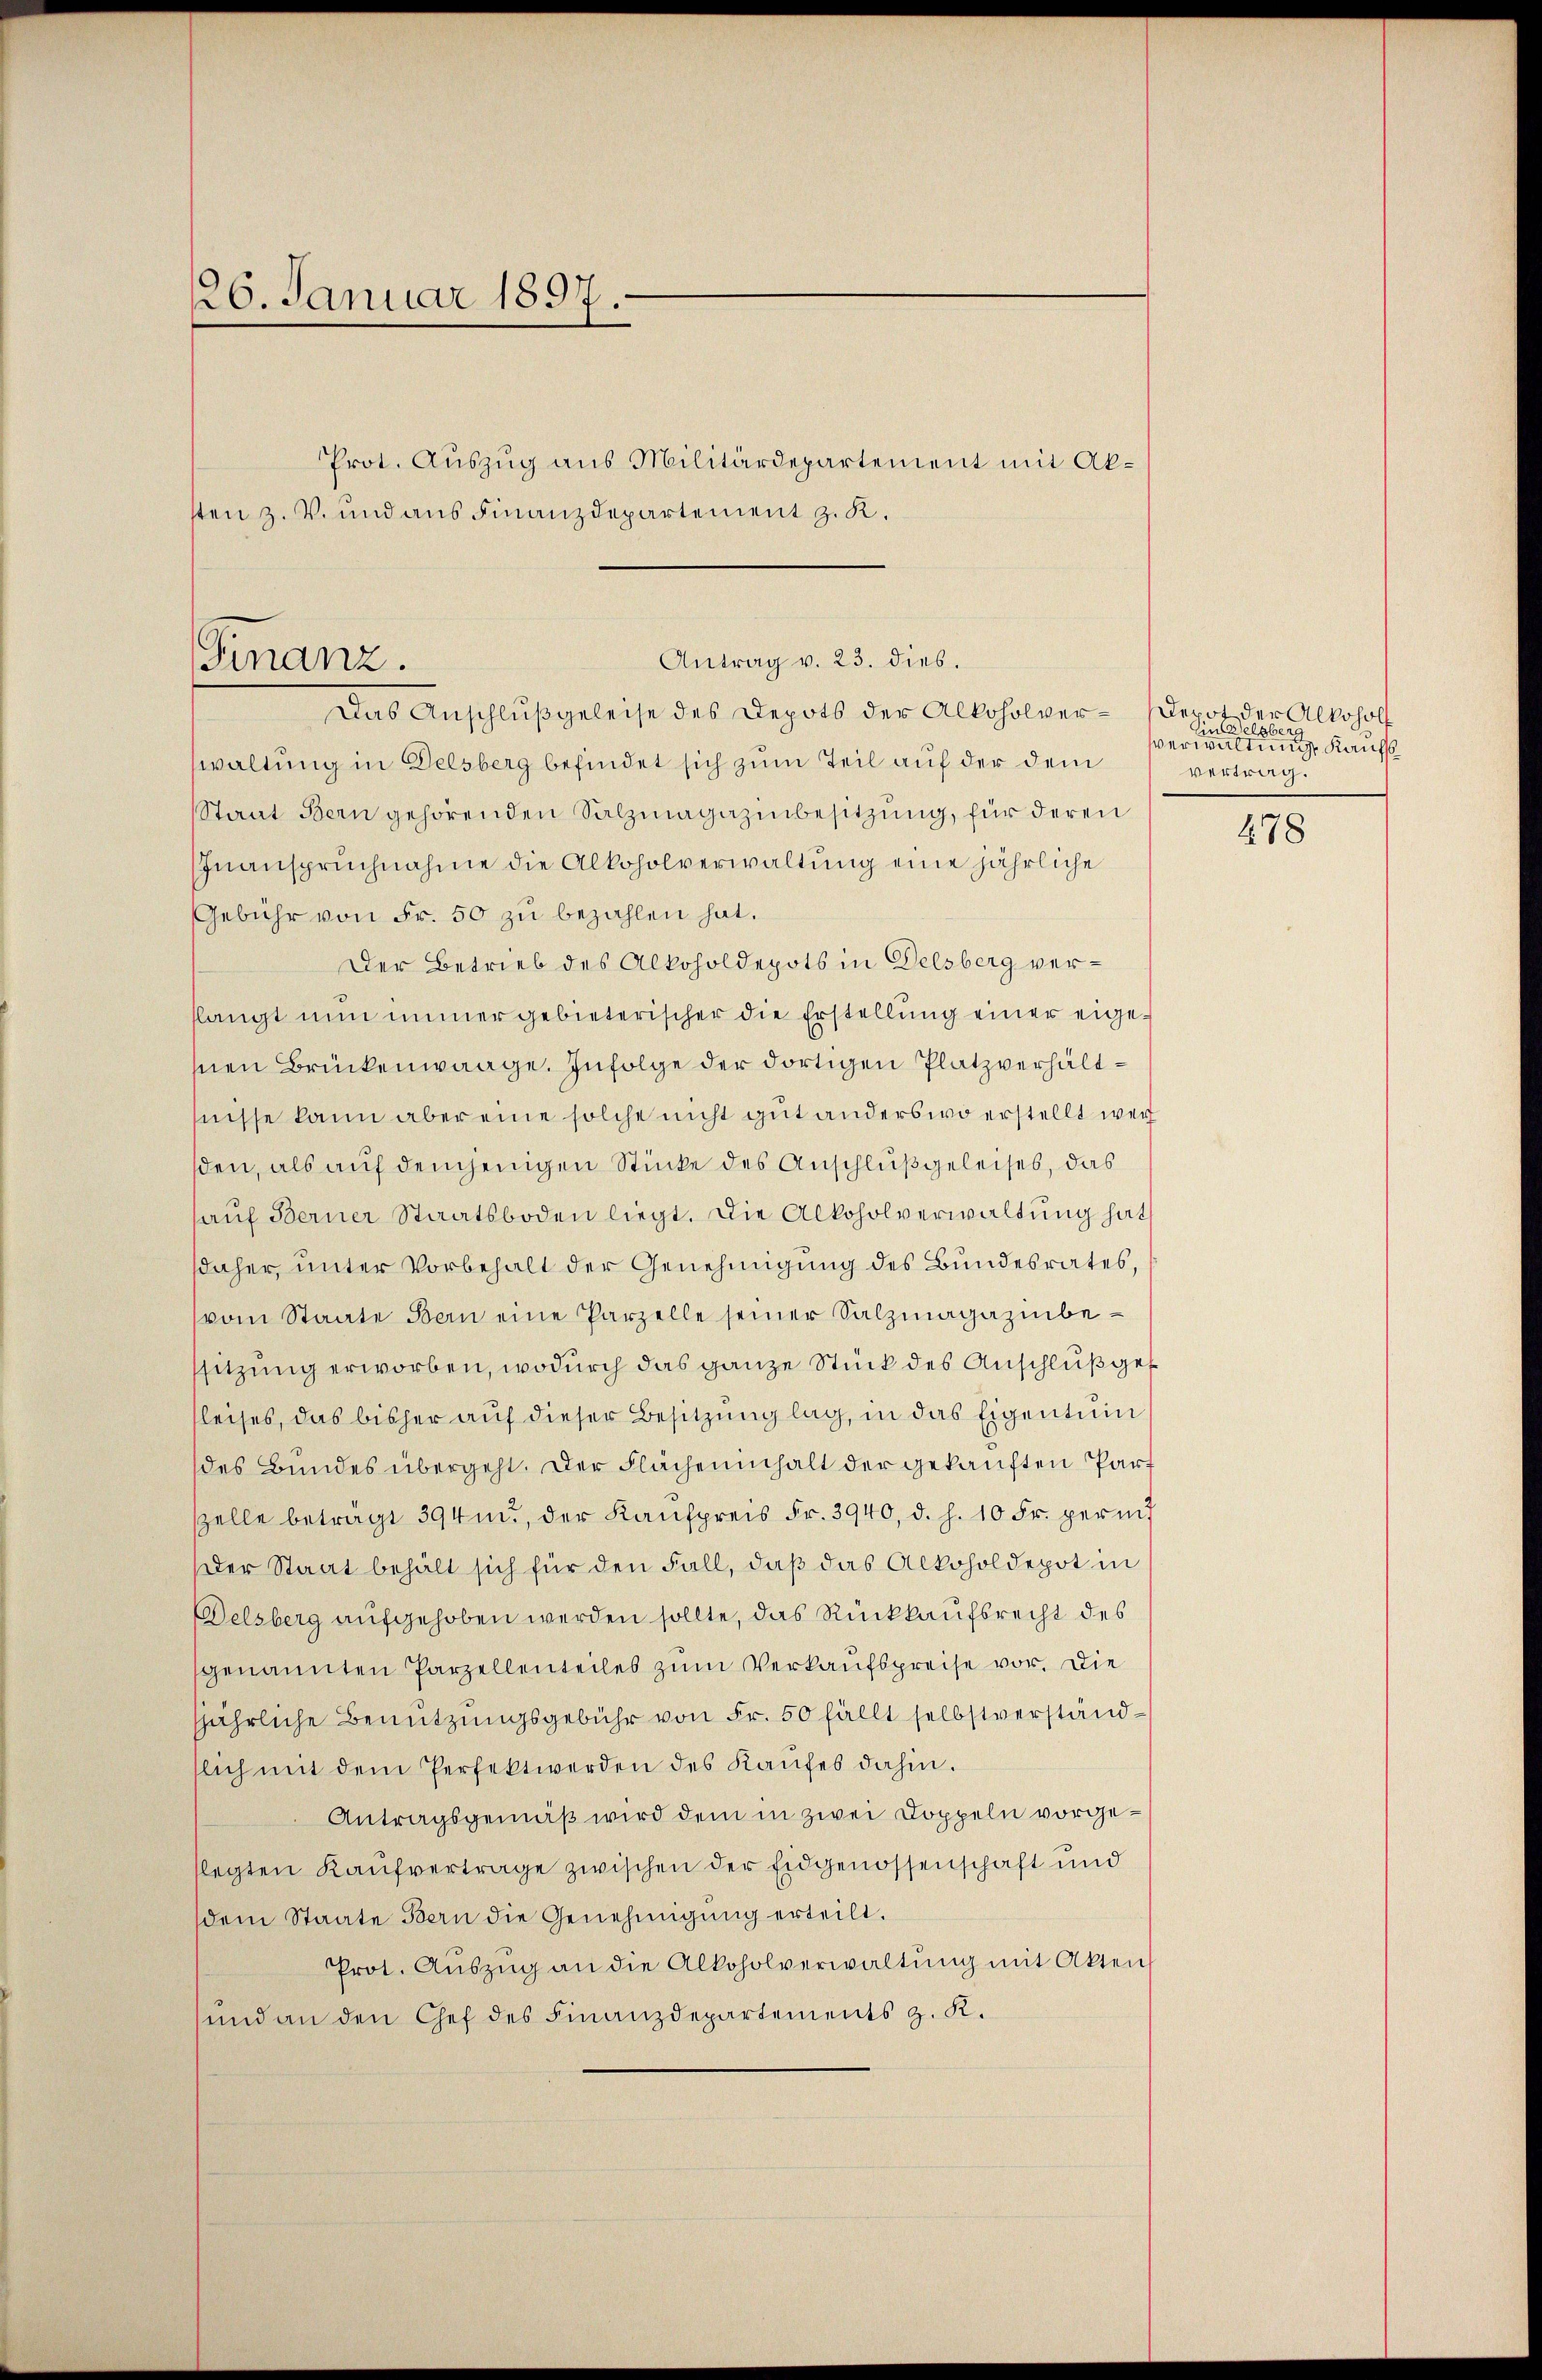
126. Januar 1897.

Prot. Auszug aus Militärdepartement mit Aksten z. V. und aus Finanzdepartement z. K.

Antrag v. 23. dies.
Finanz.
Das Anschluß geleise des Depots der Alkoholver¬

waltung in Delsberg befindet sich zum Teil auf der dem
Staat Bern gehörenden Salzmagazinbesitzung, für deren
IInanspruchnahme die Alkoholverwaltung eine jährliche
Gebühr von Fr. 50 zu bezahlen hat.
Der Betrieb des Alkoholdepots in Delsberg verslangt nun immer gebieterischer die Erstellung einer eigehnen Brückenwaage. Infolge der dortigen Platzverhältfnisse kann aber eine solche nicht gut anderswo erstellt werd
sden, als auf demjenigen Stücke des Anschluß geleises, das
auf Berner Staatsboden liegt. Die Alkoholverwaltung hat
daher, unter Vorbehalt der Genehmigung des Bundesrates,
vom Staate Bern eine Parzelle seiner Salzmagazinbessitzung erworben, wodurch das ganze Stück des Anschluß gef
fleises, das bisher auf dieser Besitzung lag, in das Eigentum
des Bundes übergeht. Der Flächeninhalt der gekauften Part
zelle betragt 394 m., der Kaufpreis Fr. 3940, d. h. 10 Fr. perin
der Staat behält sich für den Fall, daß das Alkoholdepot in
Delsberg aufgehoben werden sollte, das Rückkaufsrecht des
genannten Parzellenteiles zum Verkaufspreise vor. Die
jährliche Benutzungsgebühr von Fr. 50 fällt selbstverständlich mit dem Perfektwerden des Kaufes dahin.
Antragsgemäß wird dem in zwei Doppeln vorgeflegten Kaufvertrage zwischen der Eidgenossenschaft und
dem Staate Bern die Genehmigung erteilt.
Prot. Aŭszŭg an die Alkoholverwaltŭng mit Akten
und an den Chef des Finanzdepartements z. K.

Depot der Alkohol
Einzelgberg
Verwaltung Kaufs
vertrag.

478